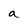
Character: a